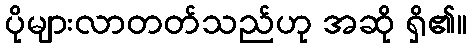
ပိုများလာတတ်သည်ဟု အဆို ရှိ၏။